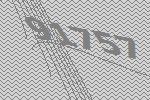
91757